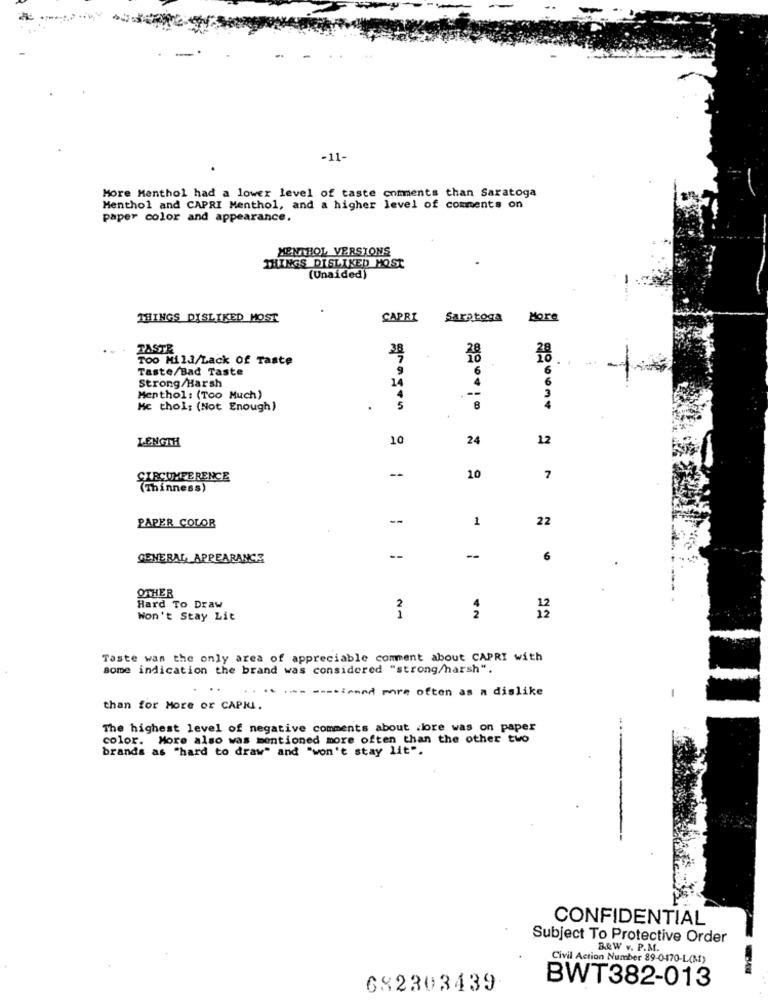
-
-11-
More Menthol had a lower level of taste comments than Saratoga
Menthol and CAPRI Menthol, and a higher level of comments on
paper color and appearance.
MENTHOL VERSIONS
THINGS DISLIKED MOST
(Unaided)
THINGS DISLIKED MOST
CAPRI
Saratoga
More
TASTE
Too Mild/Lack Of Taste
28
Taste/Bad Taste
9
6
Strong/Harsh
14
4
6
---
Menthol: (Too Much)
4
3
Mc thol; (Not Enough)
5
8
4
LENGTH
10
24
12
--
CIRCUMFERENCE
10
7
(Thinness)
--
1
22
PAPER COLOR
GENERAL APPEARANCE
--
--
6
OTHER
Hard To Draw
2
4
Won't Stay Lit
1
2
12
Taste was the only area of appreciable comment about CAPRI with
some indication the brand was considered "strong/harsh".
** ** **- --- sind more often as a dislike
than for More or CAPII.
The highest level of negative comments about dore was on paper
color. More also was mentioned more often than the other two
brands as "hard to draw" and "won't stay lit".
CONFIDENTIAL
Subject To Protective Order
BRW v. P.M.
Civil Action Number 89-0-470-L(M)
BWT382-013
682303439